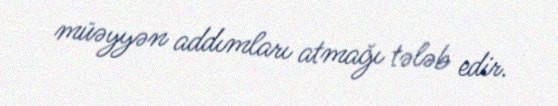
müəyyən addımları atmağı tələb edir.